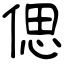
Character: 偲